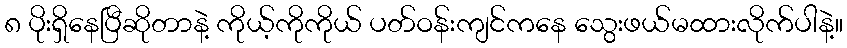
၈ ပိုးရှိနေပြီဆိုတာနဲ့ ကိုယ့်ကိုကိုယ် ပတ်ဝန်းကျင်ကနေ သွေးဖယ်မထားလိုက်ပါနဲ့။